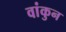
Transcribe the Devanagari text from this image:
वांकुन